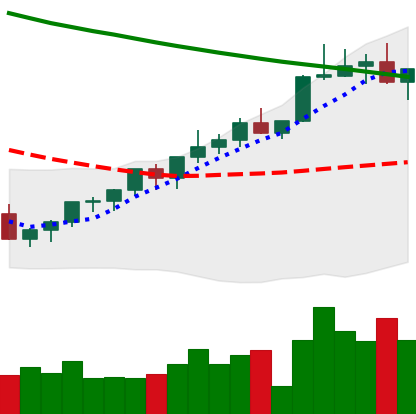
Ticker: XLM-USD
Chart end date: 2022-04-01
Forward return: -12.529%
Label: down_7plus